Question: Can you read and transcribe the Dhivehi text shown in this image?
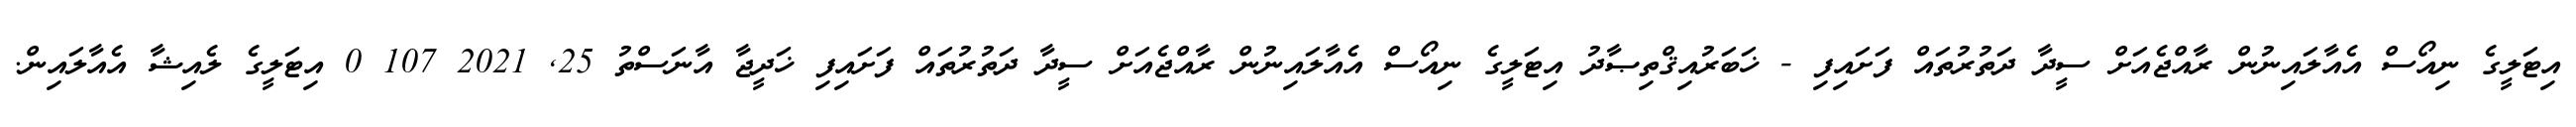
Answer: އިޓަލީގެ ނިއޯސް އެއާލައިނުން ރާއްޖެއަށް ސީދާ ދަތުރުތައް ފަށައިފި - ޚަބަރުއިޤްތިޞާދު އިޓަލީގެ ނިއޯސް އެއާލައިނުން ރާއްޖެއަށް ސީދާ ދަތުރުތައް ފަށައިފި ޚަދީޖާ އާނަސްތު 25, 2021 107 0 އިޓަލީގެ ލެއިޝާ އެއާލައިން.